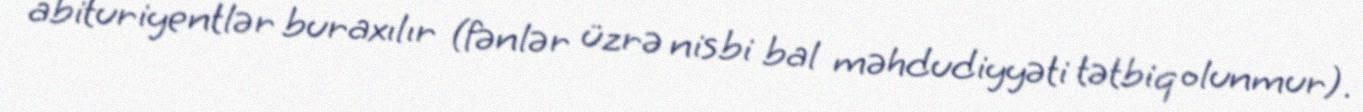
abituriyentlər buraxılır (fənlər üzrə nisbi bal məhdudiyyəti tətbiq olunmur).